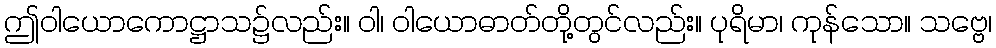
ဤဝါယောကောဋ္ဌာသ၌လည်း။ ဝါ၊ ဝါယောဓာတ်တို့တွင်လည်း။ ပုရိမာ၊ ကုန်သော။ သဗ္ဗေ၊